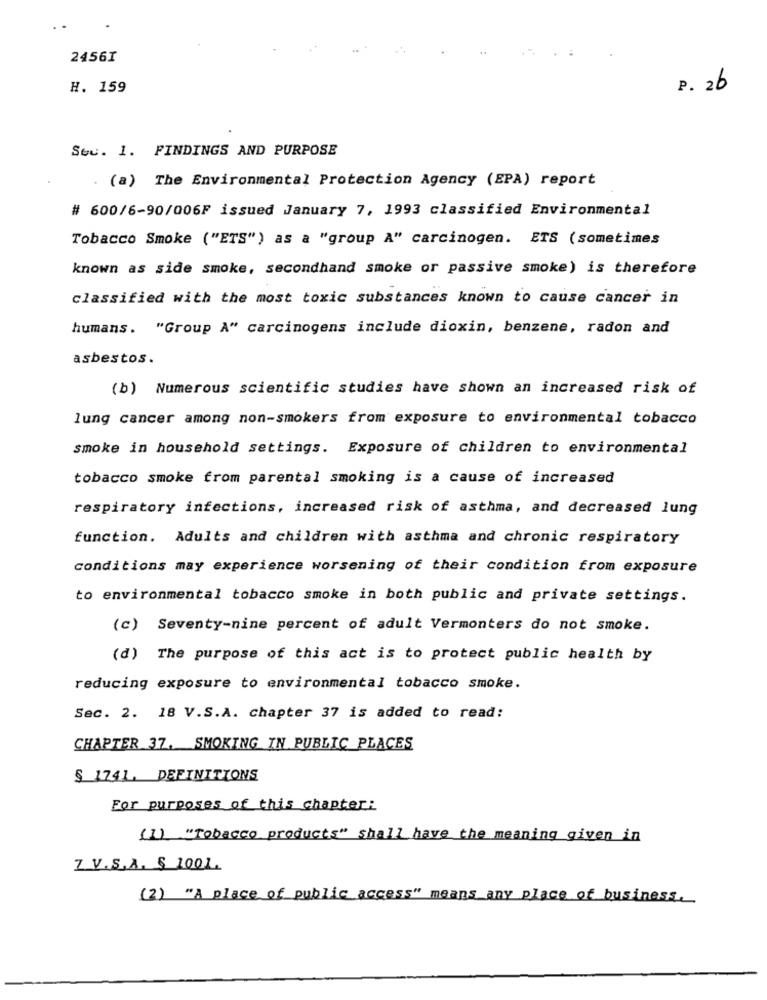
2456I
H. 159
P. 26
Sec. 1. FINDINGS AND PURPOSE
(a) The Environmental Protection Agency (EPA) report
# 600/6-90/006F issued January 7, 1993 classified Environmental
Tobacco Smoke ("ETS") as a "group A" carcinogen. ETS (sometimes
known as side smoke, secondhand smoke or passive smoke) is therefore
classified with the most toxic substances known to cause cancer in
humans. "Group A" carcinogens include dioxin, benzene, radon and
asbestos.
(b) Numerous scientific studies have shown an increased risk of
lung cancer among non-smokers from exposure to environmental tobacco
smoke in household settings. Exposure of children to environmental
tobacco smoke from parental smoking is a cause of increased
respiratory infections, increased risk of asthma, and decreased lung
function. Adults and children with asthma and chronic respiratory
conditions may experience worsening of their condition from exposure
to environmental tobacco smoke in both public and private settings.
(c) Seventy-nine percent of adult Vermonters do not smoke.
(d) The purpose of this act is to protect public health by
reducing exposure to environmental tobacco smoke.
Sec. 2. 18 V.S.A. chapter 37 is added to read:
CHAPTER 37, SMOKING IN PUBLIC PLACES
$ 1741. DEFINITIONS
For purposes of this chapter:
(I) "Tobacco products" shall have the meaning given in
Z.V.S.A. S 1001.
(2) "A place of public access" means any place of business.